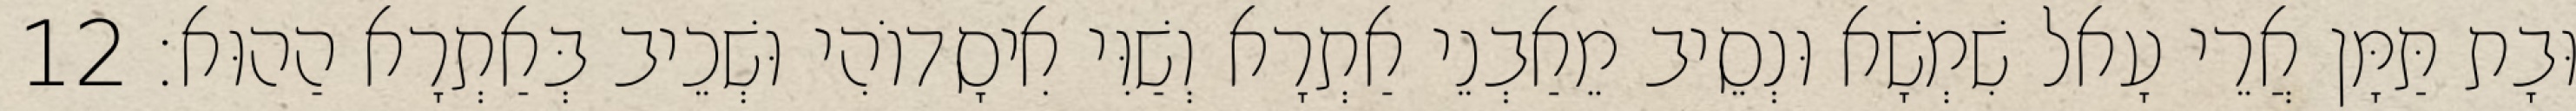
וּבָת תַּמָּן אֲרֵי עָאל שִׁמְשָׁא וּנְסֵיב מֵאַבְנֵי אַתְרָא וְשַׁוִּי אִיסָדוֹהִי וּשְׁכֵיב בְּאַתְרָא הַהוּא׃ 12